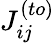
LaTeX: J_{ij}^{(to)}